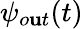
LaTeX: \psi_{o\mathbf{u}t}(\textit{{t}})